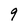
Character: 9